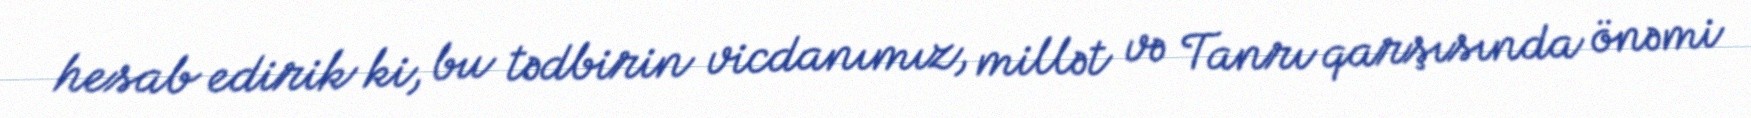
hesab edirik ki, bu tədbirin vicdanımız, millət və Tanrı qarşısında önəmi